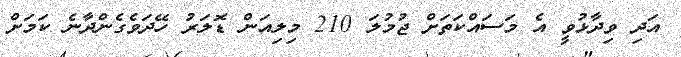
އަދި ވިދާޅުވީ އެ މަސައްކަތަށް ޖުމުލަ 210 މިލިއަން ޑޮލަރު ހޭދަވެގެންދާނެ ކަމަށް